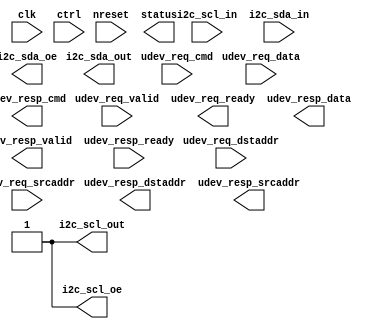
// This program was cloned from: https://github.com/siliconcompiler/lambdalib
// License: MIT License

/*****************************************************************************
 * Function: I2C interface
 * Copyright: Lambda Project Authors. All rights Reserved.
 * License:  MIT (see LICENSE file in Lambda repository)
 *
 * Docs:
 *
 * Firmware configurable as host or device.
 *
 ****************************************************************************/

module la_i2c #(
    parameter TARGET = "DEFAULT",  // technology target
    parameter PROP   = "HOST",     // block selector
    parameter RW     = 32,         // register width
    parameter DW     = 128,        // umi packet width
    parameter AW     = 64,         // address width
    parameter CW     = 32          // command width
) (  // basic control signals
    input           clk,                // core clock
    input           nreset,             // active low async reset
    input  [RW-1:0] ctrl,               // free form ctrl inputs
    output [RW-1:0] status,             // free form status outputs
    // UMI access
    input           udev_req_valid,
    input  [CW-1:0] udev_req_cmd,
    input  [AW-1:0] udev_req_dstaddr,
    input  [AW-1:0] udev_req_srcaddr,
    input  [DW-1:0] udev_req_data,
    output          udev_req_ready,
    output          udev_resp_valid,
    output [CW-1:0] udev_resp_cmd,
    output [AW-1:0] udev_resp_dstaddr,
    output [AW-1:0] udev_resp_srcaddr,
    output [DW-1:0] udev_resp_data,
    input           udev_resp_ready,
    // inputs
    input           i2c_scl_in,
    input           i2c_sda_in,
    // outputs
    output          i2c_scl_out,
    output          i2c_sda_out,
    // output enable
    output          i2c_scl_oe,
    output          i2c_sda_oe
);

    generate
        if (PROP == "HOST") begin
            assign i2c_scl_oe = 1'b1;
        end else begin
            assign i2c_scl_oe = 1'b0;
        end
    endgenerate

endmodule  // la_i2c